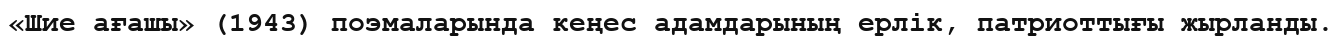
«Шие ағашы» (1943) поэмаларында кеңес адамдарының ерлік, патриоттығы жырланды.